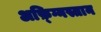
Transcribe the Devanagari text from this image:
अफ़्ग्निस्तान